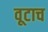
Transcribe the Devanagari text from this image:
वूटाच